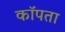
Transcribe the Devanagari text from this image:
कॉपता